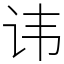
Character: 讳